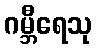
ဂမ္ဘီရေသု